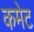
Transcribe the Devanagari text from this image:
कमेट